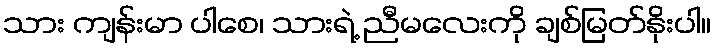
သား ကျန်းမာ ပါစေ၊ သားရဲ့ ညီမလေးကို ချစ်မြတ်နိုးပါ။